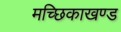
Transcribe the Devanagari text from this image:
मच्छिकाखण्ड